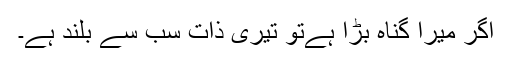
اگر میرا گناہ بڑا ہےتو تیری ذات سب سے بلند ہے۔